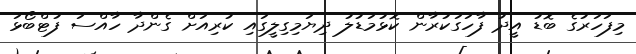
މިފަހަރުގެ ބޮޑު އީދު ފާހަގަކުރާން ކޮޅުމަޑުލު ދިޔަމިގިލީގައި ކުރިއަށް ގެންދާ ހާއްސަ ފުޓްބޯޅަ